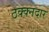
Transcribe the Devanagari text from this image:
ठक्क्नदार